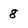
Character: 8